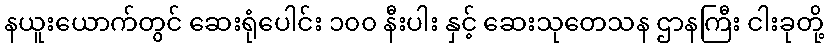
နယူးယောက်တွင် ဆေးရုံပေါင်း ၁၀၀ နီးပါး နှင့် ဆေးသုတေသန ဌာနကြီး ငါးခုတို့